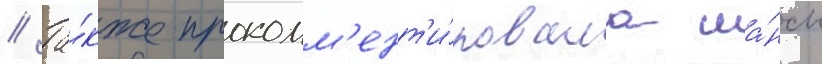
// Та́кже прокомм'ент'и́ровала ша́нсы